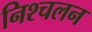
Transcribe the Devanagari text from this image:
निश्‍चलन